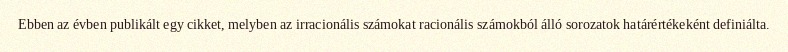
Ebben az évben publikált egy cikket, melyben az irracionális számokat racionális számokból álló sorozatok határértékeként definiálta.